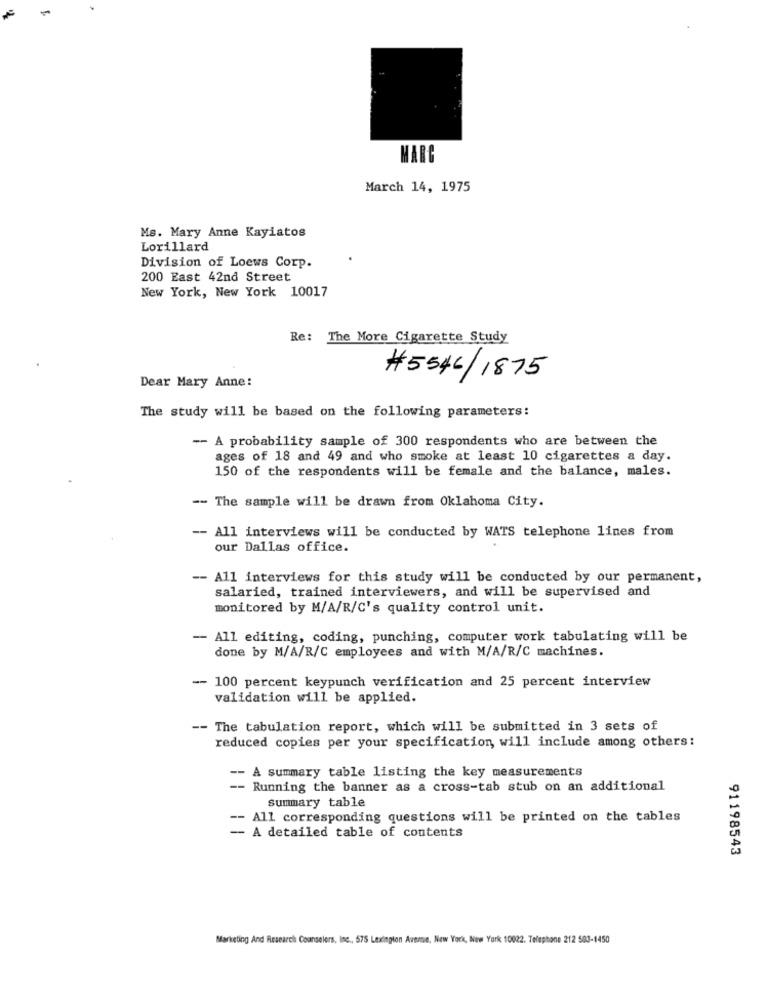
MARC
March 14, 1975
Ms. Mary Anne Kayiatos
Lorillard
Division of Loews Corp.
200 East 42nd Street
New York, New York 10017
Re: The More Cigarette Study
Dear Mary Anne:
#5546/1875
The study will be based on the following parameters:
-- A probability sample of 300 respondents who are between the
ages of 18 and 49 and who smoke at least 10 cigarettes a day.
150 of the respondents will be female and the balance, males.
-- The sample will be drawn from Oklahoma City.
-- All interviews will be conducted by WATS telephone lines from
our Dallas office.
-- All interviews for this study will be conducted by our permanent,
salaried, trained interviewers, and will be supervised and
monitored by M/A/R/C's quality control unit.
- All editing, coding, punching, computer work tabulating will be
done by M/A/R/C employees and with M/A/R/C machines.
-- 100 percent keypunch verification and 25 percent interview
validation will be applied.
-- The tabulation report, which will be submitted in 3 sets of
reduced copies per your specification, will include among others:
-- A summary table listing the key measurements
- Running the banner as a cross-tab stub on an additional
Summary table
-- All corresponding questions will be printed on the tables
- A detailed table of contents
91198543
Marketing And Research Counselors, Inc ., 575 Lexington Avenue, New York, New York 10022. Telephone 212 503-1450